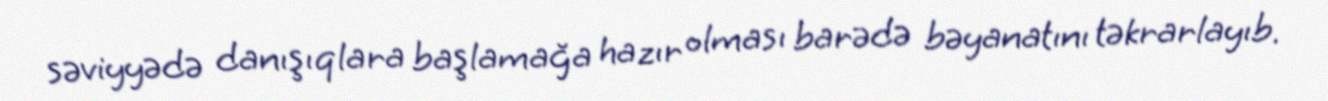
səviyyədə danışıqlara başlamağa hazır olması barədə bəyanatını təkrarlayıb.